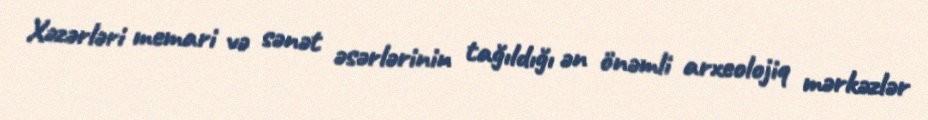
Xəzərləri memari və sənət əsərlərinin tağıldığı ən önəmli arxeolojiq mərkəzlər